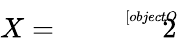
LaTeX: X={\sqrt[[objectObject]]{2}}